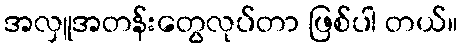
အလှူအတန်းတွေလုပ်တာ ဖြစ်ပါ တယ်။